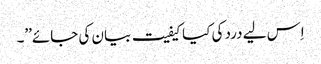
اِس لیے درد کی کیا کیفیت بیان کی جائے\’\’۔